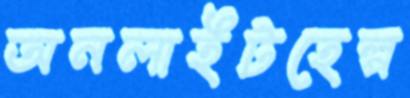
অনলাইটহেল্প